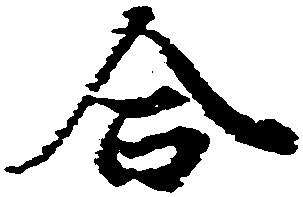
合